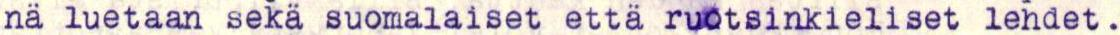
nä luetaan sekä suomalaiset että ruotsinkieliset lehdet.